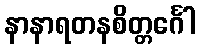
နာနာရတနစိတ္တင်္ဂေါ